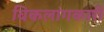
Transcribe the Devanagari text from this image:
विकलांगकारी